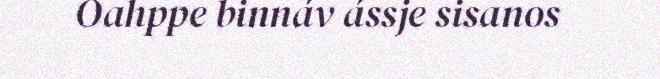
Oahppe binnáv ássje sisanos